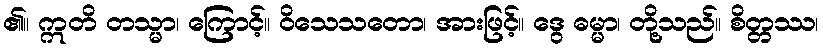
၏။ ဣတိ တသ္မာ၊ ကြောင့်။ ဝိသေသတော၊ အားဖြင့်။ ဒွေ ဓမ္မာ၊ တို့သည်။ စိတ္တဿ၊